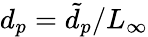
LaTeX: d_{p}={\tilde{d}_{p}}/{L_{\infty}}